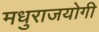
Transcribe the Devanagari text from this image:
मधुराजयोगी